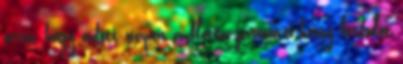
arra, hogy adott napon a flotta járművei hány fordulót